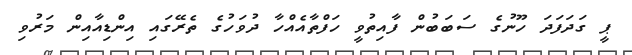
ޕީ ގަދަފަދަ ހޫނުގެ ސަބަބުން ފާއިތުވީ ހަފްތާއެއްހާ ދުވަހުގެ ތެރޭގައި އިންޑިއާއިން މަރުވި